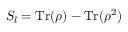
S _ { l } = \operatorname { T r } ( \rho ) - \operatorname { T r } ( \rho ^ { 2 } )